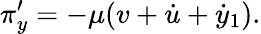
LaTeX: \pi_{y}^{\prime}=-\mu(v+\dot{u}+\dot{y}_{1}).